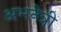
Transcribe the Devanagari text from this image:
अभनेत्री